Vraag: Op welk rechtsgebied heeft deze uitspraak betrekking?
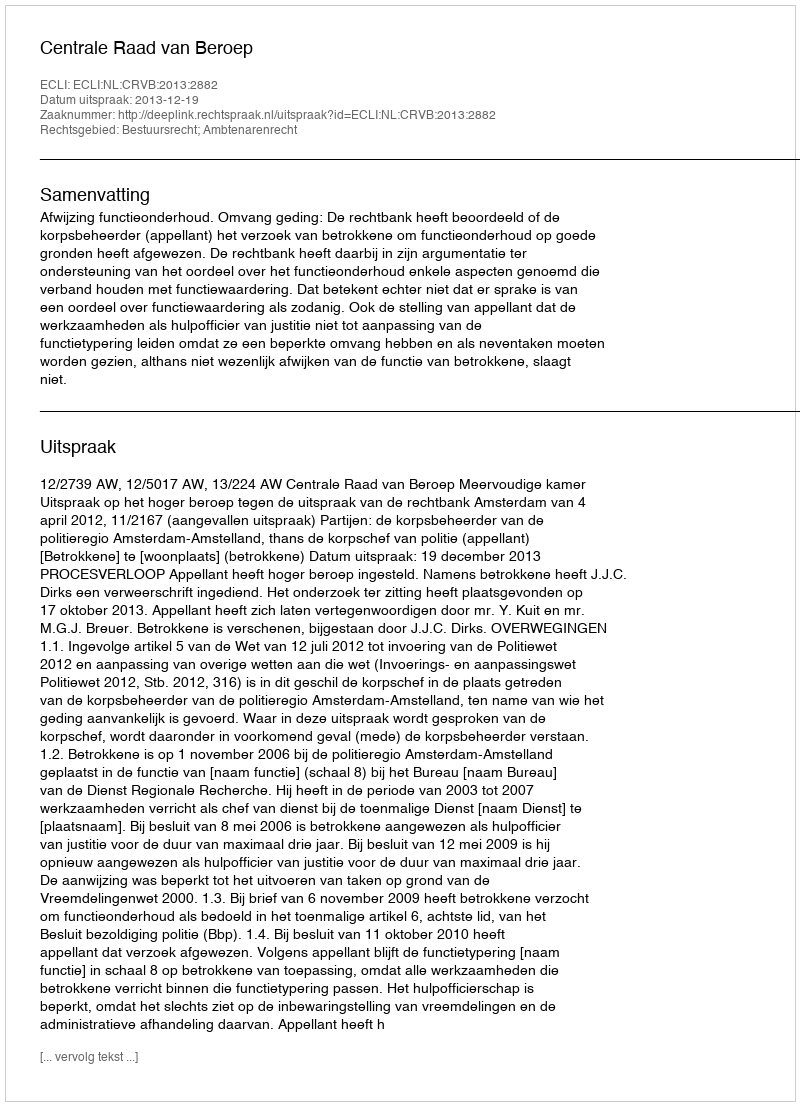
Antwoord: Bestuursrecht; Ambtenarenrecht